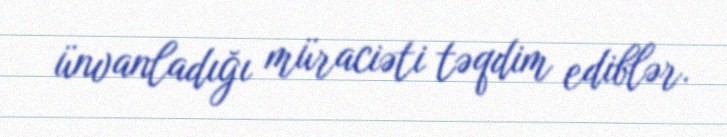
ünvanladığı müraciəti təqdim ediblər.